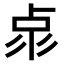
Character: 𠧳